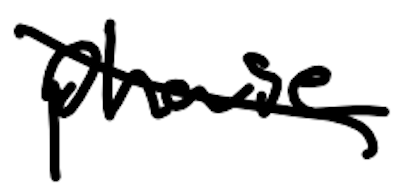
Text: phase
Cross-out: diagonal
Writing tool: digital_black